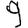
Digit: 9